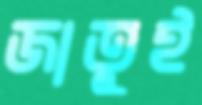
জাতুই